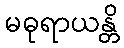
မဓုရာယန္တိ